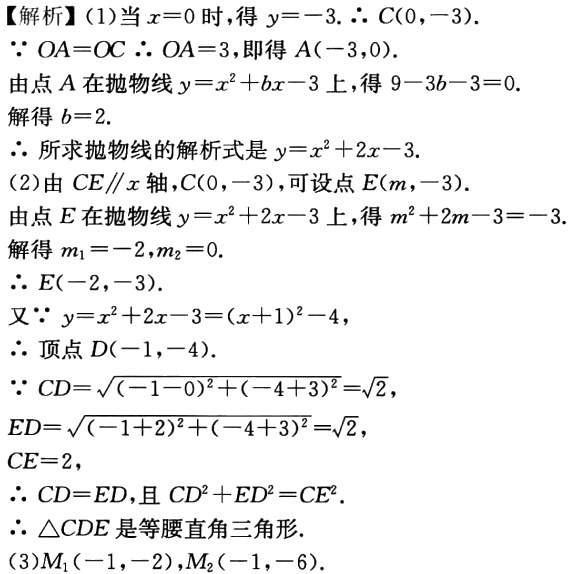
【解析】(1)当\(x = 0\)时，得\(y=-3.\ \therefore C(0,-3)\).
\(\because OA = OC\ \therefore OA = 3\)，即得\(A(-3,0)\).
由点\(A\)在抛物线\(y = x^{2}+bx - 3\)上，得\(9 - 3b - 3 = 0\).
解得\(b = 2\).
\(\therefore\)所求抛物线的解析式是\(y = x^{2}+2x - 3\).
(2)由\(CE\parallel x\)轴，\(C(0,-3)\)，可设点\(E(m,-3)\).
由点\(E\)在抛物线\(y = x^{2}+2x - 3\)上，得\(m^{2}+2m - 3=-3\).
解得\(m_{1}=-2,m_{2}=0\).
\(\therefore E(-2,-3)\).
又\(\because y = x^{2}+2x - 3=(x + 1)^{2}-4\)，
\(\therefore\)顶点\(D(-1,-4)\).
\(\because CD=\sqrt{(-1 - 0)^{2}+(-4 + 3)^{2}}=\sqrt{2}\)，
\(ED=\sqrt{(-1 + 2)^{2}+(-4 + 3)^{2}}=\sqrt{2}\)，
\(CE = 2\)，
\(\therefore CD = ED\)，且\(CD^{2}+ED^{2}=CE^{2}\).
\(\therefore\triangle CDE\)是等腰直角三角形.
(3)\(M_{1}(-1,-2),M_{2}(-1,-6)\).